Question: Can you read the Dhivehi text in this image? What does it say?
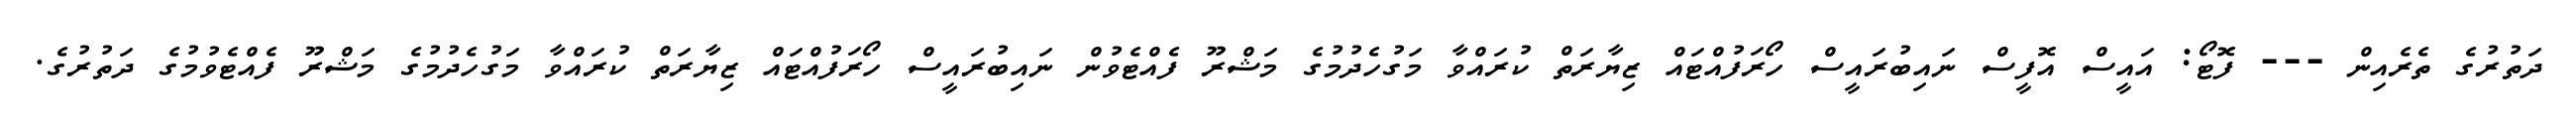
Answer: ދަތުރުގެ ތެރެއިން --- ފޮޓޯ: އައީސް އޮފީސް ނައިބުރައީސް ހޯރަފުއްޓައް ޒިޔާރަތް ކުރައްވާ މަގުހެދުމުގެ މަޝްރޫ ފެއްޓެވުން ނައިބުރައީސް ހޯރަފުއްޓައް ޒިޔާރަތް ކުރައްވާ މަގުހެދުމުގެ މަޝްރޫ ފެއްޓެވުމުގެ ދަތުރުގެ.